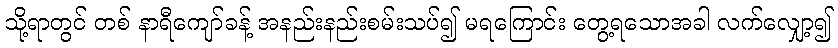
သို့ရာတွင် တစ် နာရီကျော်ခန့် အနည်းနည်းစမ်းသပ်၍ မရကြောင်း တွေ့ရသောအခါ လက်လျှော့၍